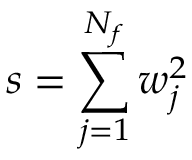
s = \sum _ { j = 1 } ^ { N _ { f } } w _ { j } ^ { 2 }